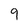
Character: 9